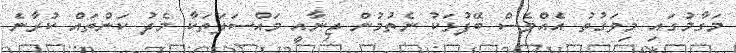
މަގާމުގައި މިވަގުތު އެއްވެސް ބޭފުޅަކު ނެތުމުން ޖިނާއީ މައްސަލަތަކާ މެދު ކަންތައް ކުރާނެ